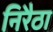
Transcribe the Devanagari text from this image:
निरैठा